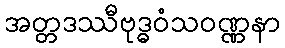
အတ္တဒဿီဗုဒ္ဓဝံသဝဏ္ဏနာ